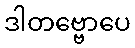
ဒါတဗ္ဗောပေ